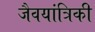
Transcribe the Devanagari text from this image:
जैवयांत्रिकी